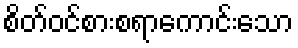
စိတ်ဝင်စားစရာကောင်းသော